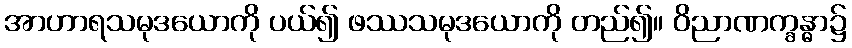
အာဟာရသမုဒယောကို ပယ်၍ ဖဿသမုဒယောကို တည်၍။ ဝိညာဏက္ခန္ဓာ၌